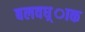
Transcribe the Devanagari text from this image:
बलवध्र्ाक